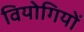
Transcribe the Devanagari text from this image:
वियोगियों